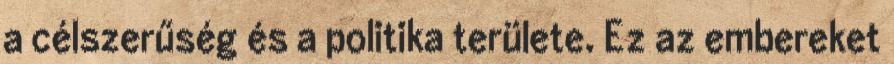
a célszerűség és a politika területe. Ez az embereket